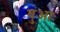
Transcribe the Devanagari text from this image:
बुआः